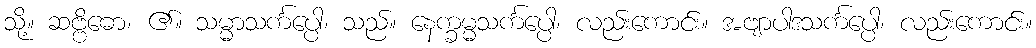
သို့။ ဆဗ္ဗိဓော၊ ၏။ သမ္မာသင်္ကပ္ပေါ၊ သည်။ နေက္ခမ္မသင်္ကပ္ပေါ၊ လည်းကောင်း။ အဗျာပါဒသင်္ကပ္ပေါ၊ လည်းကောင်း။